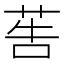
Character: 𦮽